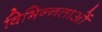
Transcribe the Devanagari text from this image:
विभिन्‍नताओं